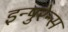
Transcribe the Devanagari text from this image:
इन्षुरेन्स